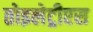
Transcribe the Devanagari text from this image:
तोइलेट्रीएस